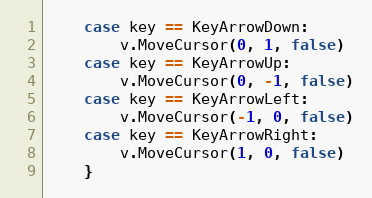
Language: Go
	case key == KeyArrowDown:
		v.MoveCursor(0, 1, false)
	case key == KeyArrowUp:
		v.MoveCursor(0, -1, false)
	case key == KeyArrowLeft:
		v.MoveCursor(-1, 0, false)
	case key == KeyArrowRight:
		v.MoveCursor(1, 0, false)
	}